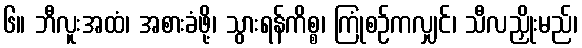
၆။ ဘီလူးအထံ၊ အစားခံဖို့၊ သွားရန်ကိစ္စ၊ ကြုံစဉ်ကလျှင်၊ သီလညှိုးမည်၊